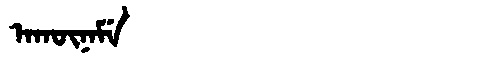
Manchu: ᠠᡴᡡᠨᠠᠮᡝ
Romanization: AKŪNAME